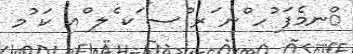
ްނމެފަ ުހ ްނ ަރ ްސ ަކ ެލ ްއ ކަ ުމ